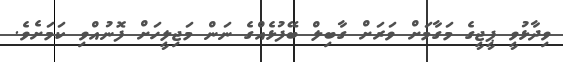
ވިދާޅުވީ ޕީޖީގެ މަގާމަށް ވަރަށް ގާބިލް ބޭފުޅެއްގެ ނަން މަޖިލީހަށް ފޮނުއްވި ކަމަށެވެ.